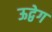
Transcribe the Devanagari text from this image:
ऊद्वेग